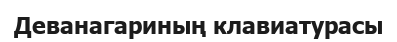
Деванагариның клавиатурасы